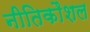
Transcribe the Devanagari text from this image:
नीतिकौशल